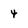
Character: 4